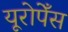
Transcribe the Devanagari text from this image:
यूरोपेँस